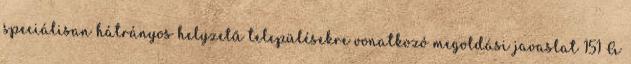
speciálisan hátrányos helyzetű településekre vonatkozó megoldási javaslat 151 A